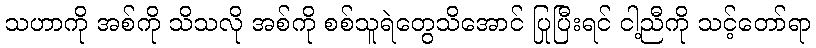
သဟာကို အစ်ကို သိသလို အစ်ကို စစ်သူရဲတွေသိအောင် ပြုပြီးရင် ငါ့ညီကို သင့်တော်ရာ